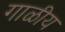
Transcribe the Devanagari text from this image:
गाळीय